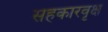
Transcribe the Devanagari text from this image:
सहकारवृक्ष